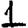
Digit: 1